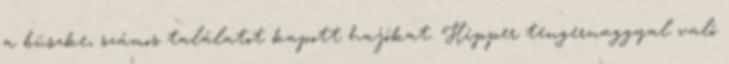
a büszke, számos találatot kapott hajókat. Hipper tengernaggyal való